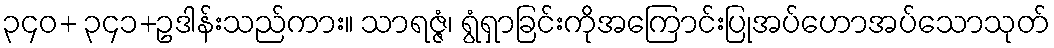
၃၄၀+ ၃၄၁+ဥဒါန်းသည်ကား။ သာရဇ္ဇံ၊ ရွံရှာခြင်းကိုအကြောင်းပြုအပ်ဟောအပ်သောသုတ်